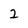
Character: 2